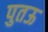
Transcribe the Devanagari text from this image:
पुतऊ